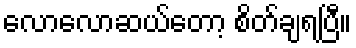
လောလောဆယ်တော့ စိတ်ချရပြီ။